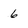
Character: 6